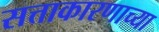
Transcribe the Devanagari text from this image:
सत्ताकारणाच्या